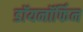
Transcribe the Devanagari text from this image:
डॉयनॉर्फिन